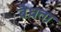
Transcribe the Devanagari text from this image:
बैधता